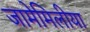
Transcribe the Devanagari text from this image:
जामेमिलीया